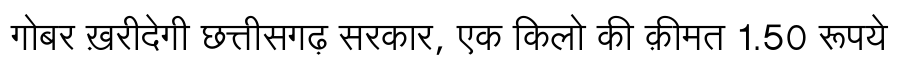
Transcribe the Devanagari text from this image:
गोबर ख़रीदेगी छत्तीसगढ़ सरकार, एक किलो की क़ीमत 1.50 रूपये